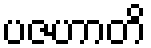
ပဇဟာတိ